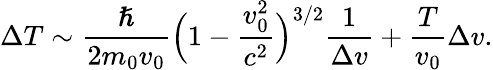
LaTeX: \Delta T\sim\frac{\hslash}{2m_{0}v_{0}}\Bigl(1-\frac{v_{0}^{2}}{c^{2}}\Bigr)^{3/2}\frac{1}{\Delta v}+\frac{T}{v_{0}}\Delta v.